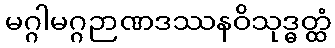
မဂ္ဂါမဂ္ဂဉာဏဒဿနဝိသုဒ္ဓတ္ထံ